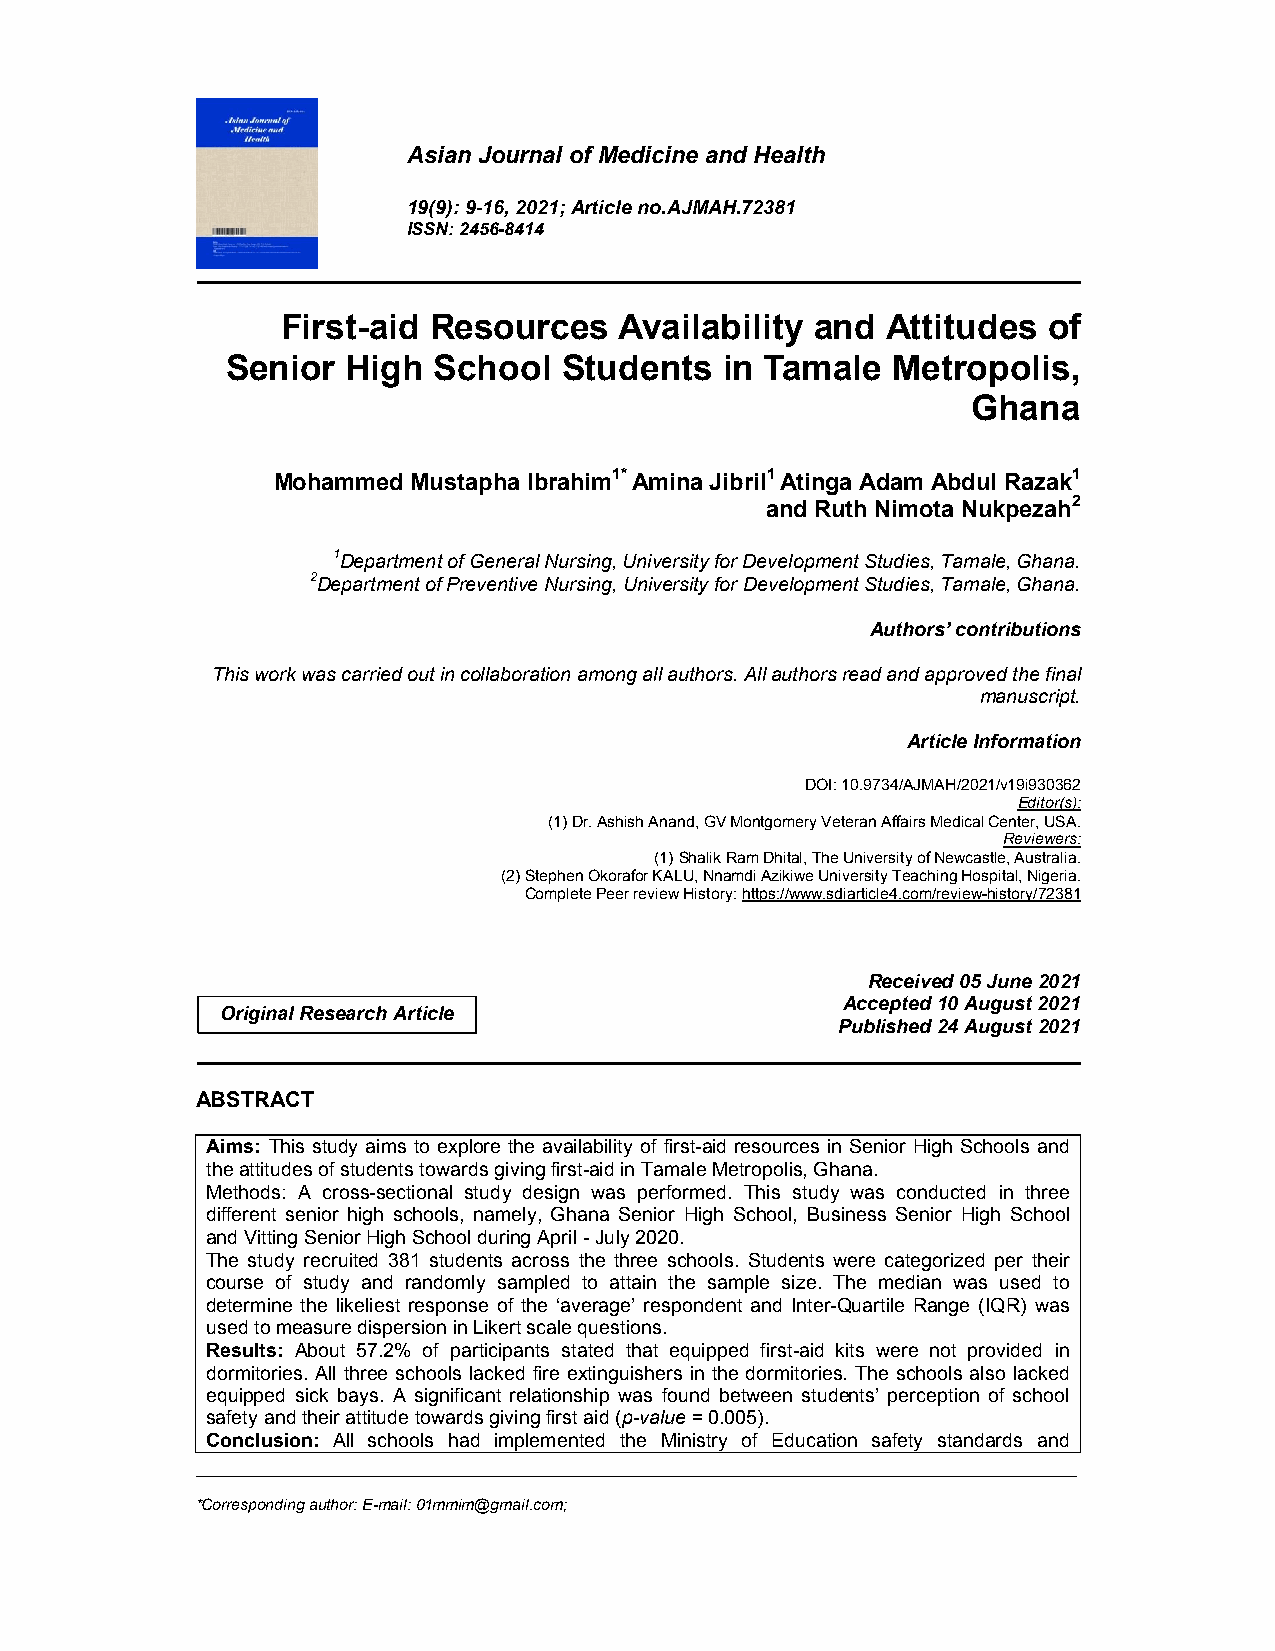
Asian Journal of Medicine and Health
 19(9): 9-16, 2021; Article no.AJMAH.72381
 ISSN: 2456-8414
 First-aid Resources   Availability and  Attitudes of
 Senior  High  School  Students   in Tamale  Metropolis,
 Ghana
 Mohammed Mustapha Ibrahim1* Amina Jibril1 Atinga Adam Abdul Razak1
 and Ruth Nimota Nukpezah2
 1Department of General Nursing, University for Development Studies, Tamale, Ghana.
 2Department of Preventive Nursing, University for Development Studies, Tamale, Ghana.
 Authors’ contributions
 This work was carried out in collaboration among all authors. All authors read and approved the final
 manuscript.
 Article Information
 DOI: 10.9734/AJMAH/2021/v19i930362
 Editor(s):
 (1) Dr. Ashish Anand, GV Montgomery Veteran Affairs Medical Center, USA.
 Reviewers:
 (1) Shalik Ram Dhital, The University of Newcastle, Australia.
 (2) Stephen Okorafor KALU, Nnamdi Azikiwe University Teaching Hospital, Nigeria.
 Complete Peer review History: https://www.sdiarticle4.com/review-history/72381
 Received 05 June 2021
 Accepted 10 August 2021
 Original Research Article
 Published 24 August 2021
 ABSTRACT
 Aims: This study aims to explore the availability of first-aid resources in Senior High Schools and
 the attitudes of students towards giving first-aid in Tamale Metropolis, Ghana.
 Methods: A cross-sectional study design was performed. This study was conducted in three
 different senior high schools, namely, Ghana Senior High School, Business Senior High School
 and Vitting Senior High School during April - July 2020.
 The study recruited 381 students across the three schools. Students were categorized per their
 course of study and randomly sampled to attain the sample size. The median was used to
 determine the likeliest response of the ‘average’ respondent and Inter-Quartile Range (IQR) was
 used to measure dispersion in Likert scale questions.
 Results: About 57.2% of participants stated that equipped first-aid kits were not provided in
 dormitories. All three schools lacked fire extinguishers in the dormitories. The schools also lacked
 equipped sick bays. A significant relationship was found between students’ perception of school
 safety and their attitude towards giving first aid (p-value = 0.005).
 Conclusion: All schools had implemented the Ministry of Education safety standards and
 _____________________________________________________________________________________________________
 *Corresponding author: E-mail: 01mmim@gmail.com;